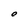
Character: O